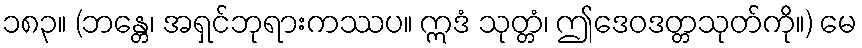
၁၈၃။ (ဘန္တေ၊ အရှင်ဘုရားကဿပ။ ဣဒံ သုတ္တံ၊ ဤဒေဝဒတ္တသုတ်ကို။) မေ